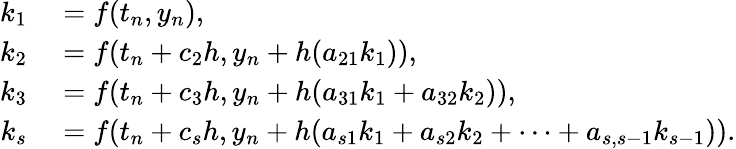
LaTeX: \begin{array}{rl}{k_{1}}&{{}=f(t_{n},y_{n}),}\\ {k_{2}}&{{}=f(t_{n}+c_{2}h,y_{n}+h(a_{21}k_{1})),}\\ {k_{3}}&{{}=f(t_{n}+c_{3}h,y_{n}+h(a_{31}k_{1}+a_{32}k_{2})),}\\ {k_{s}}&{{}=f(t_{n}+c_{s}h,y_{n}+h(a_{s1}k_{1}+a_{s2}k_{2}+\cdots+a_{s,s-1}k_{s-1})).}\end{array}